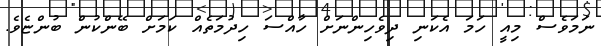
ނަމަވެސް މިއީ ހަމަ އެކަނި ދިވެހިންނަށް ހާއްސަ ހިދުމަތެއް ކަމަށް ބޭންކުން ބުންޏެވެ.